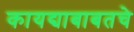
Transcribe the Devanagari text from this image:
कायद्याबाबतचे